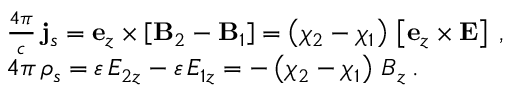
\begin{array} { r l } & { \frac { 4 \pi } { c } \, { \bf j } _ { s } = { \bf e } _ { z } \times \left[ { \bf B } _ { 2 } - { \bf B } _ { 1 } \right] = \left( \chi _ { 2 } - \chi _ { 1 } \right) \, \left[ { \bf e } _ { z } \times { \bf E } \right] \: , } \\ & { 4 \pi \, \rho _ { s } = \varepsilon \, E _ { 2 z } - \varepsilon \, E _ { 1 z } = - \left( \chi _ { 2 } - \chi _ { 1 } \right) \, B _ { z } \: . } \end{array}